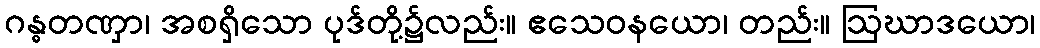
ဂန္ဓတဏှာ၊ အစရှိသော ပုဒ်တို့၌လည်း။ ဧသေဝနယော၊ တည်း။ ဩဃာဒယော၊